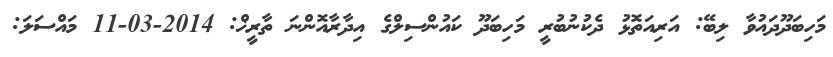
މަހިބަދޫދައުވާ ލިބޭ: އަރިއަތޮޅު ދެކުނުބުރީ މަހިބަދޫ ކައުންސިލްގެ އިދާރާއޮންނަ ތާރީޚް: 2014-03-11 މައްސަލަ: